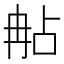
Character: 𠕟